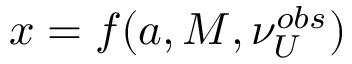
x = f ( a , M , \nu _ { U } ^ { o b s } )